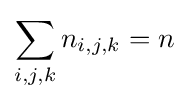
\sum _{i,j,k}n_{i,j,k}=n